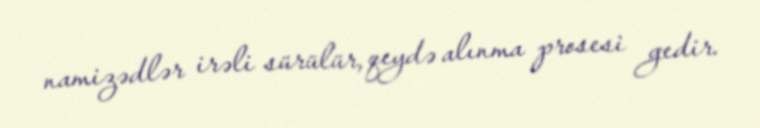
namizədlər irəli sürülür, qeydə alınma prosesi gedir.